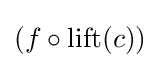
(f\circ \operatorname {lift} (c))